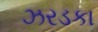
ઝરડકા